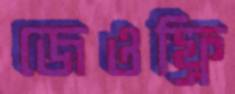
জেওফ্রি